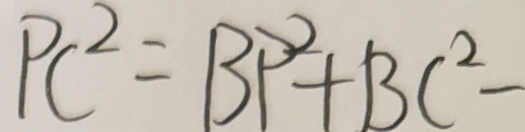
P C ^ { 2 } = B P ^ { 2 } + B C ^ { 2 } -